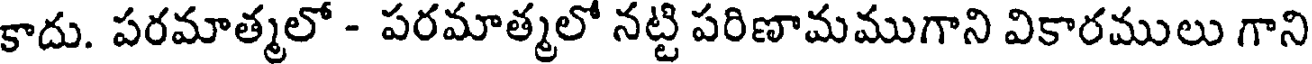
కాదు. పరమాత్మలో - పరమాత్మలో నట్టి పరిణామముగాని వికారములు గాని